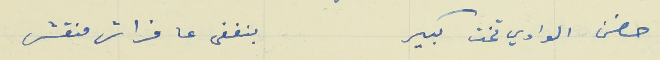
حضن الوادي تخت كبير                                     بنغفى عا فراش منقش